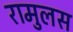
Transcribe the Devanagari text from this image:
रामुलस